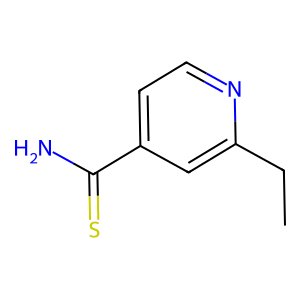
SMILES: CCc1cc(C(N)=S)ccn1
Inhibits HIV replication: No